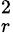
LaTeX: ^{2}_{r}